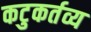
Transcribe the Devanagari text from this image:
कटुकर्तव्य